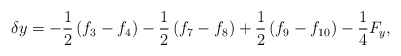
\begin{align*}\delta y = - \frac{1}{2}\left( {{f_3} - {f_4}} \right) - \frac{1}{2}\left( {{f_7} - {f_8}} \right) + \frac{1}{2}\left( {{f_9} - {f_{10}}} \right) - \frac{1}{4}{F_y},\end{align*}